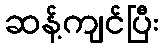
ဆန့်ကျင်ပြီး